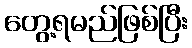
တွေ့ရမည်ဖြစ်ပြီး